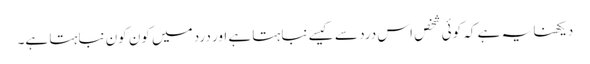
دیکھنا یہ ہے کہ کوئی شخص اس درد سے کیسے نباہتا ہے اور درد میں کون کون نباہتا ہے۔